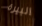
البيرة